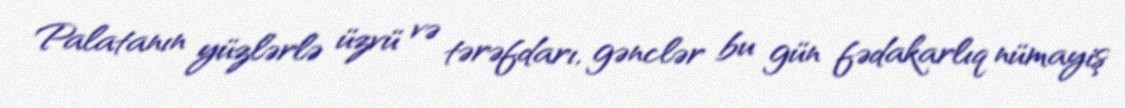
Palatanın yüzlərlə üzvü və tərəfdarı, gənclər bu gün fədakarlıq nümayiş